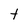
Character: t